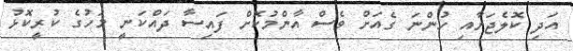
އަދި ކޮލެޖަށާއި ހުންނަ ގެއަށް ވެސް އާންމުކޮށް ފައިސާ ދައްކަނީ މަހުގެ ކުރީކޮޅު